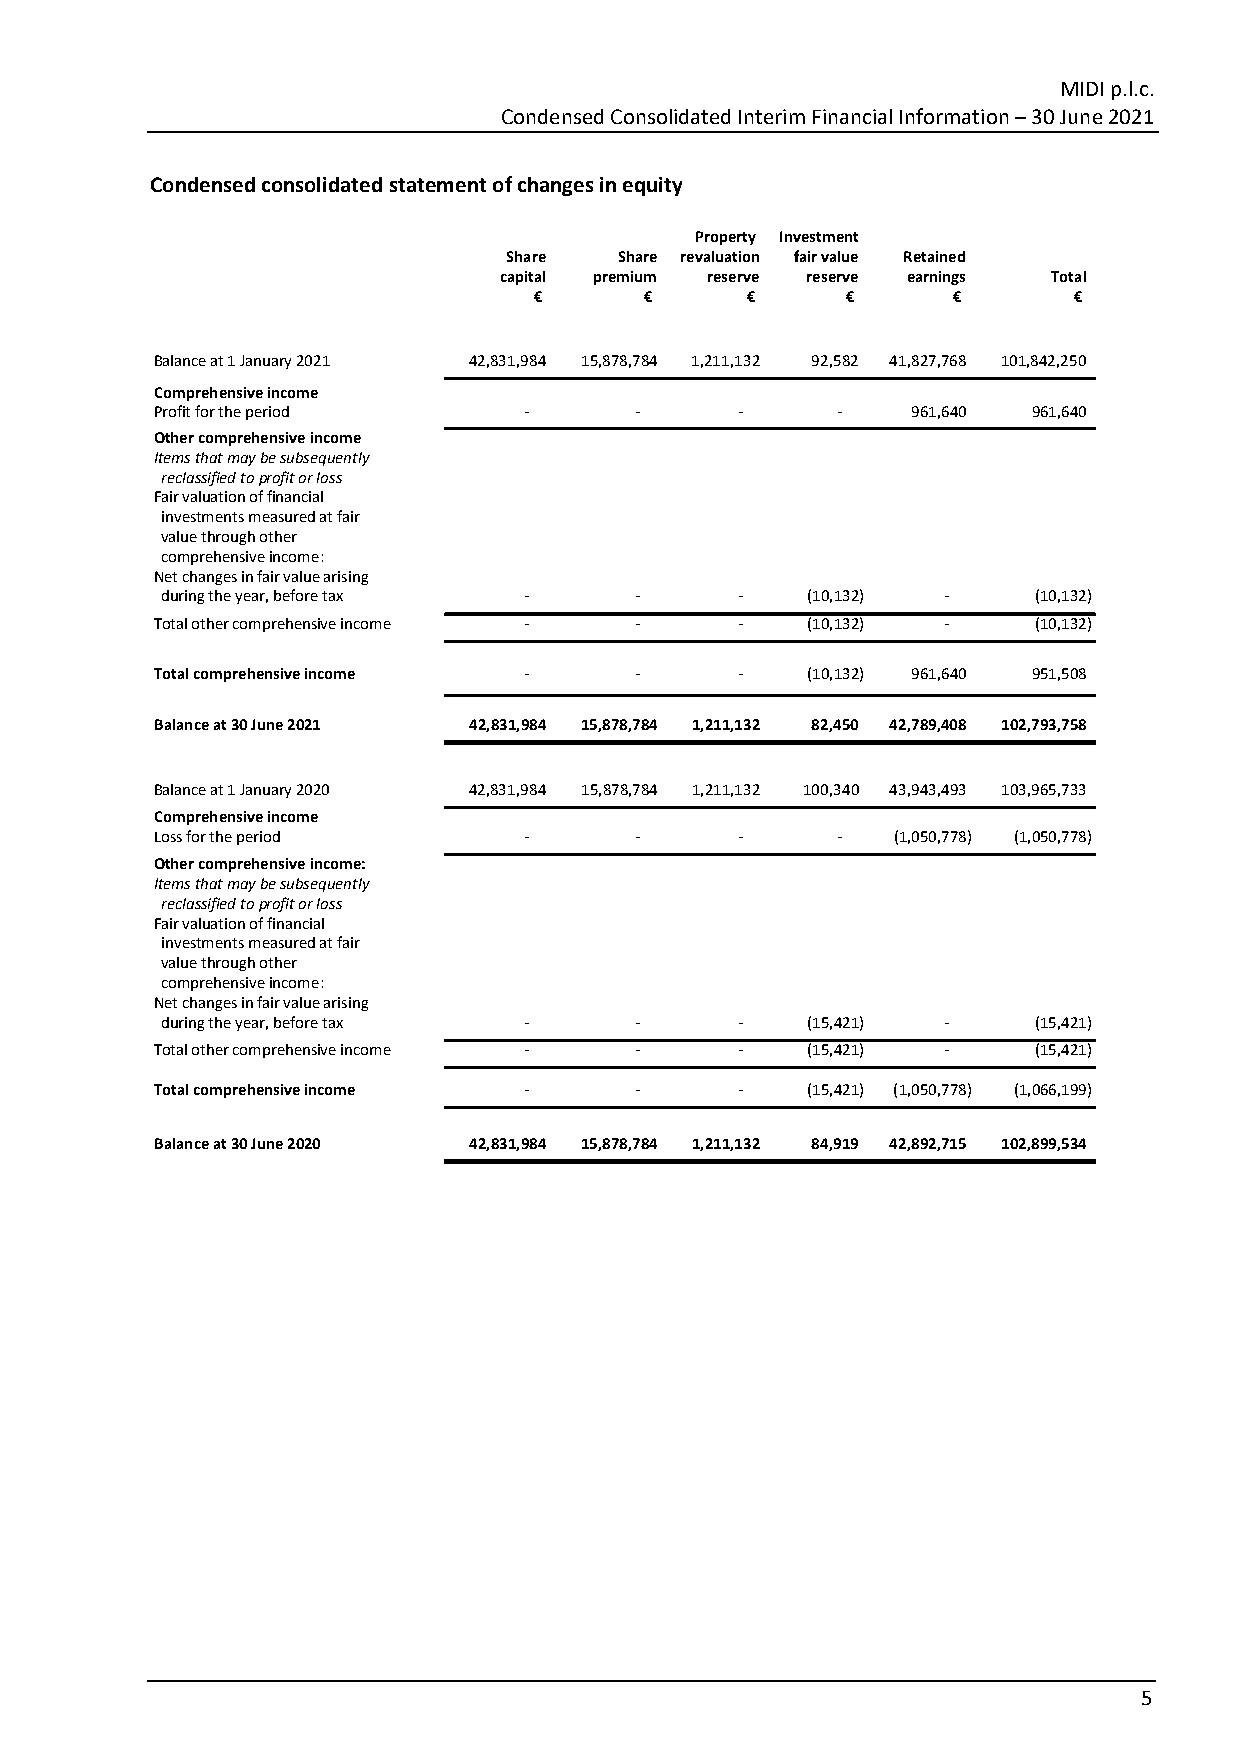
MIDI p.l.c.
 Condensed Consolidated Interim Financial Information – 30 June 2021
 Condensed consolidated statement of changes in equity
 Property Investment
 Share   Share revaluation fair value Retained
 capital premium reserve reserve earnings Total
 €       €     €      €      €       €
 Balance at 1 January 2021 42,831,984 15,878,784 1,211,132 92,582 41,827,768 1 01,842,250
 Comprehensive income
 Profit for the period    ‐      ‐      ‐     ‐    961,640 961,640
 Other comprehensive income
 Items that may be subsequently
 reclassified to profit or loss
 Fair valuation of financial
 investments measured at fair
 value through other
 comprehensive income:
 Net changes in fair value arising
 during the year, before tax ‐  ‐      ‐   (10,132) ‐     (10,132)
 Total other comprehensive income ‐ ‐   ‐   (10,132) ‐     (10,132)
 Total comprehensive income ‐    ‐      ‐   (10,132) 961,640 951,508
 Balance at 30 June 2021 42,831,984 15,878,784 1,211,132 82,450 42,789,408 1 02,793,758
 Balance at 1 January 2020 42,831,984 15,878,784 1,211,132 100,340 4 3,943,493 1 03,965,733
 Comprehensive income
 Loss for the period      ‐      ‐      ‐     ‐   (1,050,778) (1,050,778)
 Other comprehensive income:
 Items that may be subsequently
 reclassified to profit or loss
 Fair valuation of financial
 investments measured at fair
 value through other
 comprehensive income:
 Net changes in fair value arising
 during the year, before tax ‐  ‐      ‐   (15,421) ‐     (15,421)
 Total other comprehensive income ‐ ‐   ‐   (15,421) ‐     (15,421)
 Total comprehensive income ‐    ‐      ‐   (15,421) (1,050,778) (1,066,199)
 Balance at 30 June 2020 42,831,984 15,878,784 1,211,132 84,919 42,892,715 1 02,899,534
 5